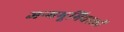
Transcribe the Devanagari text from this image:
जन्मभूमिवालों